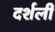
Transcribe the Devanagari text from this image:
दर्शली